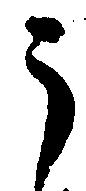
う